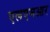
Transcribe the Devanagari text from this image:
एलएमआर